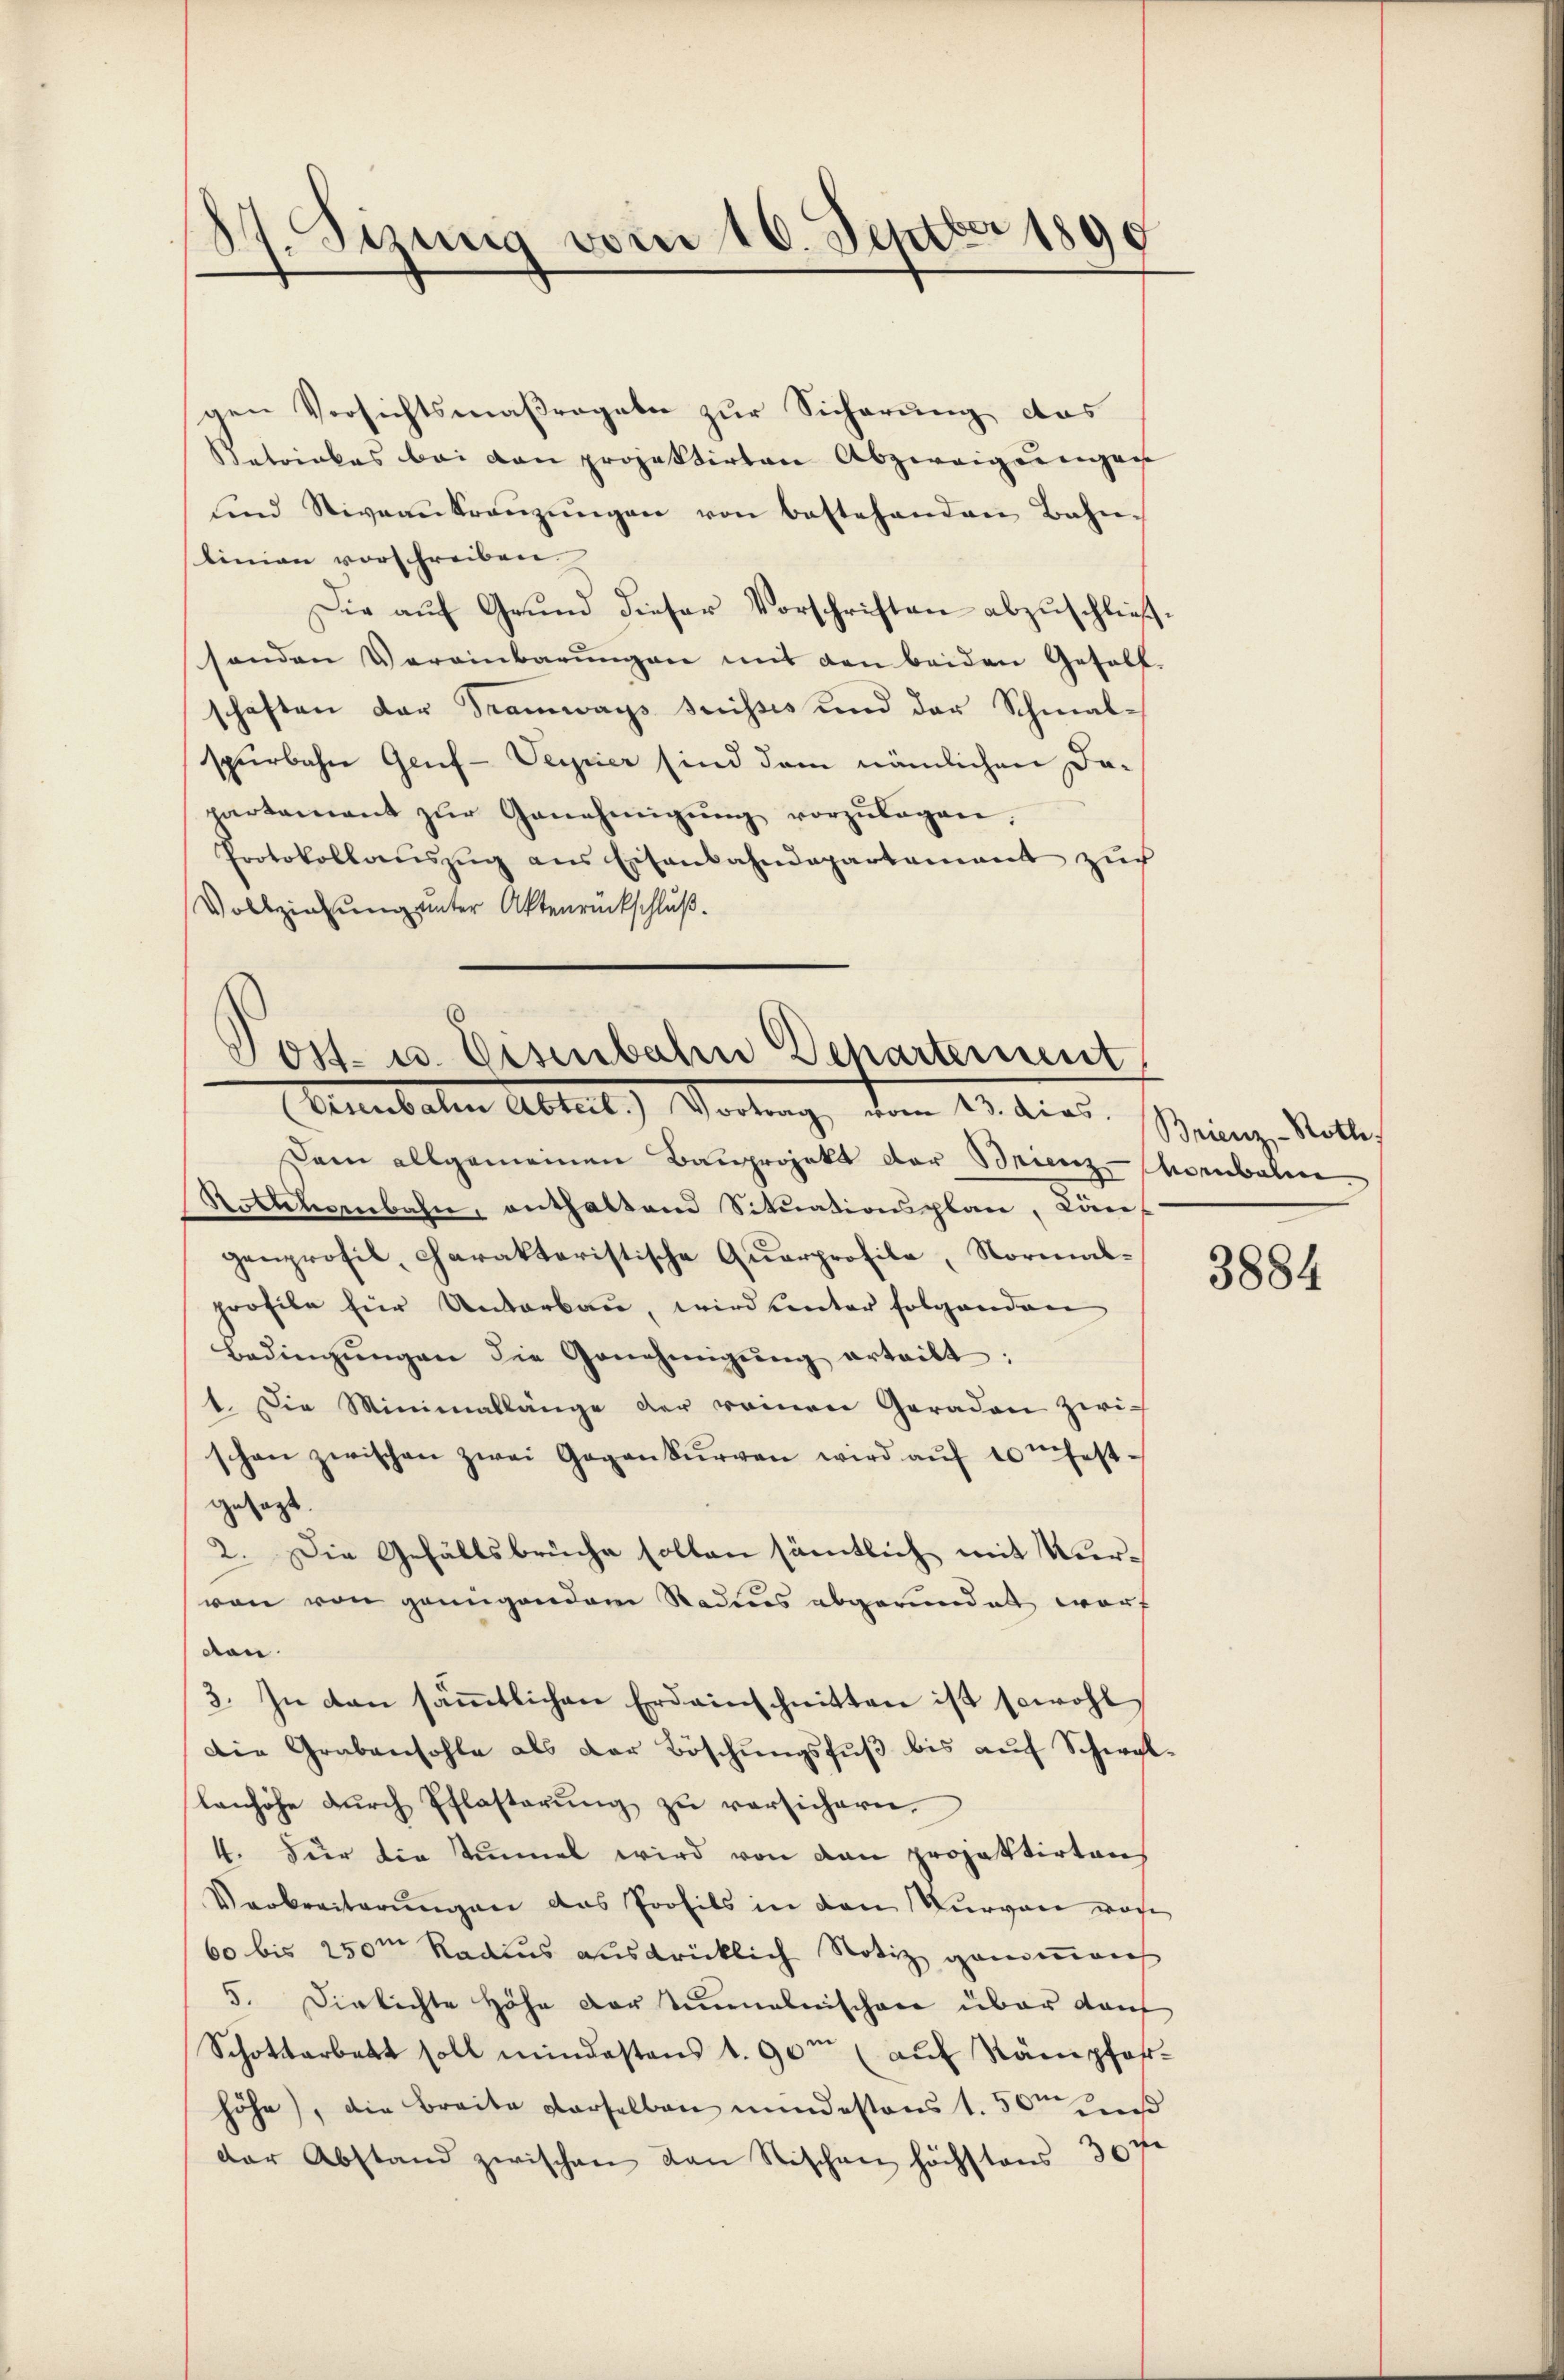
Sizung vom 16. Septbr 1890
.

Dam allgemeinen Bauprojekt der Brienz-Horbalire.
Rottetenbahn, enthaltend Sitŭationsplan, Kön
genprofil, charakteristische Querprofile, Normalprofile für Unterbau, wird unter folgenden
Bedingŭngen die Genehmigŭng erteilt:
1. Die Minimallänge der reinen Geraden zwi-
schon zwischen zwei Gegenkŭrren wird aŭf 10 fest-
gesagt.
2. Die Gefällsbrüche sollen sämtlich mit urvon von genügendem Rades abgerundet wort
den.
3. In dan säṁtlichen Erdainschnitten ist sowohl,
Die Grabensohle als der Böschungsfuß bis auf Schwal-
lanhöhe durch Pflasterung zu versichern.
4. Für die Stimmel wird von den projektirten
Verbreiterungen das Profils in den Kurgane ware
60 bis 250m Radius ausdrücklich Notiz genommen
5. Diekichte Höhe dortimnalnischen über Kauf
Schottarbett soll mindestens 1. 90 (auf Rämpfehhöhe), die Breite derselben mindestens 1.50m
der Abstand zwischen von Stischen höchstens 30 f.

gen Versichtsmaßregeben zur Sicherung das
Satrinkes bei den projektirten Abzweigenan
sind Niveaukranzŭngen von bestehenden Bahn-
linien vorschreiben.
Die auf Grund dieser Vorschriften abzuschließsonden Vereinbarŭngen mit den beiden Gesell-
schaften der Tramways suisses und der Schmal-
spürbahn Genf - Verrier sind dem nämlichen Dapartement zŭr Genehmigŭng vorzŭlagen,
Protokollaŭszŭg ans Eisenbahndepartement zŭ
Vollziehung unter Aktenrückschluß.

Post- u. Eisenbahn Departement
Ernenbaten Altut) Vortrag, dem 17. dies. Brinz, Mater

3884